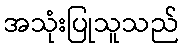
အသုံးပြုသူသည်